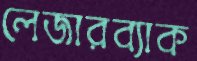
লেজারব্যাক